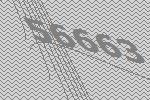
56663